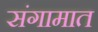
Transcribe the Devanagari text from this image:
संगामात